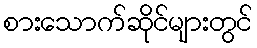
စားသောက်ဆိုင်များတွင်